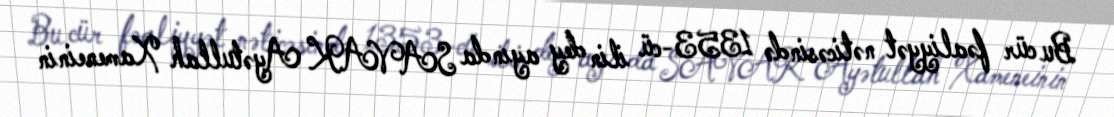
Bu cür fəaliyyət nəticəsində 1353-cü ilin dey ayında SAVAK Ayətullah Xameneinin